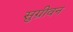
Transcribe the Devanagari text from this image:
सुग्रीवन